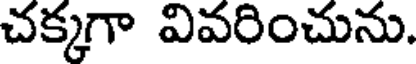
చక్కగా వివరించును.